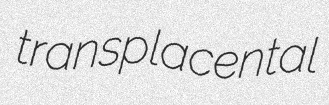
transplacental